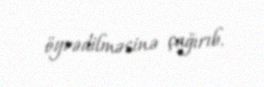
öyrədilməsinə çağırıb.